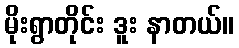
မိုးရွာတိုင်း ဒူး နာတယ်။